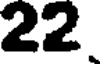
22